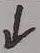
\downarrow